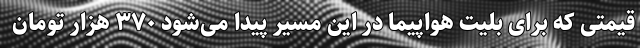
قیمتی که برای بلیت هواپیما در این مسیر پیدا می‌شود ۳۷۰ هزار تومان